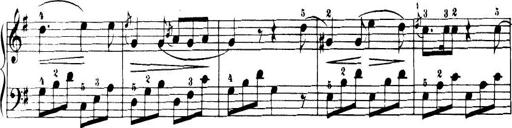
Title: 32 Sonatinas and Rondos for the Piano
Composer: Richard Kleinmichel